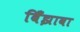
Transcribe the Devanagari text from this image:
बिँझावा